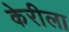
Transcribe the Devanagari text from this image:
केरीला